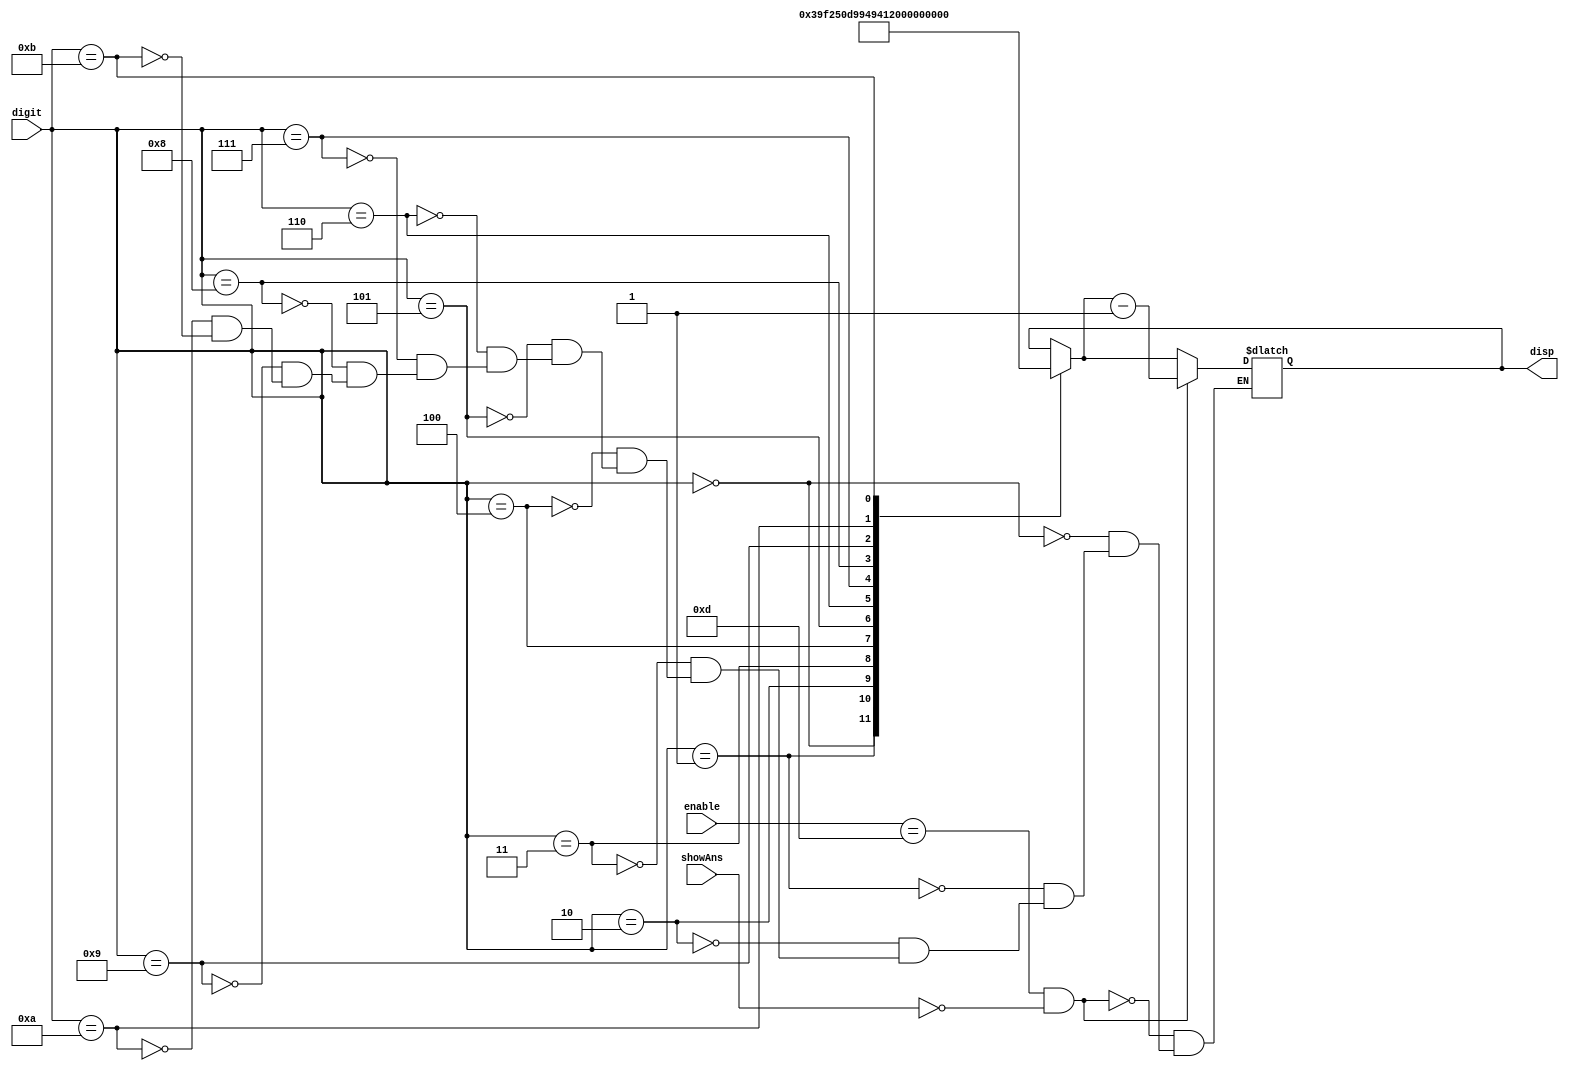
`timescale 1ns / 1ps
module segmentDisplay(digit, enable, disp, showAns);
    input[3:0] digit;
    input showAns;
    input[3:0] enable;
    output reg[7:0] disp;
    always @(digit, enable) 
    begin
        case (digit) 
             0: disp = 8'b00000011; 
             1: disp = 8'b10011111; 
             2: disp = 8'b00100101;
             3: disp = 8'b00001101;
             4: disp = 8'b10011001;
             5: disp = 8'b01001001;
             6: disp = 8'b01000001;
             7: disp = 8'b00011111;
             8: disp = 8'b00000001;
             9: disp = 8'b00001001;
             10: disp =8'b11111101;
             11: disp =8'b11111111;
        endcase
        if(enable==4'b1101 && !showAns) disp<=disp-1;
    end
endmodule